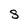
Character: S